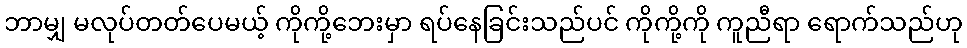
ဘာမျှ မလုပ်တတ်ပေမယ့် ကိုကို့ဘေးမှာ ရပ်နေခြင်းသည်ပင် ကိုကို့ကို ကူညီရာ ရောက်သည်ဟု